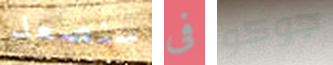
سنصعد فى جوكو